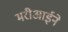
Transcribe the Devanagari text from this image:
मरीआईने